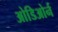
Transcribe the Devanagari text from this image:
ओडिओर्न